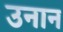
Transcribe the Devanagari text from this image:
उनान